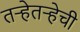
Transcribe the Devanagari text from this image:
तर्‍हेतर्‍हेची